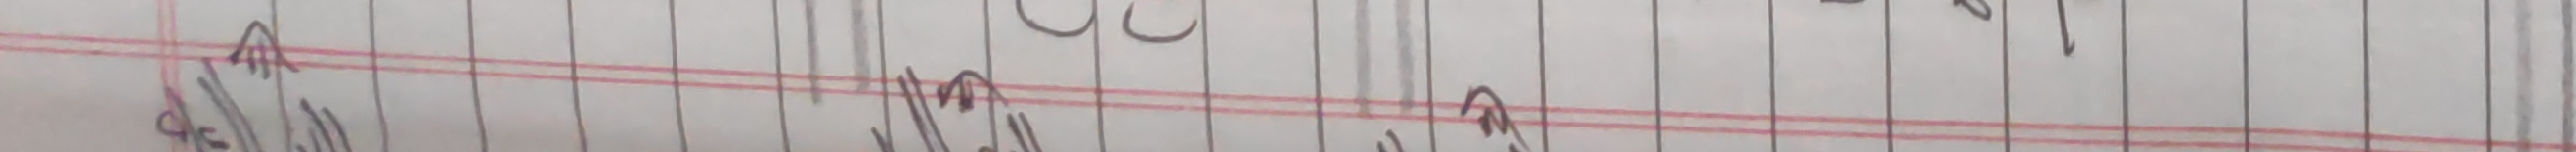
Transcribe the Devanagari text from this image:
म प्र२८ रुपैयाँ ७ पैसा ३
मका लसुवप्रतमा ५